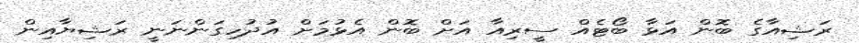
ރަޝިއާގެ ބޮން އަޅާ ބޯޓެއް ސީރިއާ އަށް ބޮން އެޅުމަށް އުދުހިގަންނަނީ ރަޝިޔާއިން